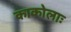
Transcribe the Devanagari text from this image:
काकोलाः